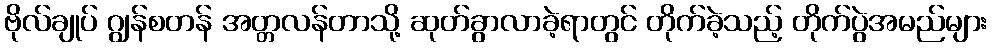
ဗိုလ်ချုပ် ဂျွန်စတန် အတ္တလန်တာသို့ ဆုတ်ခွာလာခဲ့ရာတွင် တိုက်ခဲ့သည့် တိုက်ပွဲအမည်များ